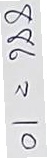
886 = 10